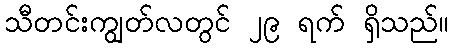
သီတင်းကျွတ်လတွင် ၂၉ ရက် ရှိသည်။